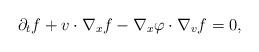
LaTeX: \begin{align*}\partial_t f + v\cdot \nabla_x f - \nabla_x \varphi \cdot \nabla_v f = 0, \end{align*}